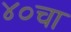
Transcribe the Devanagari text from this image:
४०चा